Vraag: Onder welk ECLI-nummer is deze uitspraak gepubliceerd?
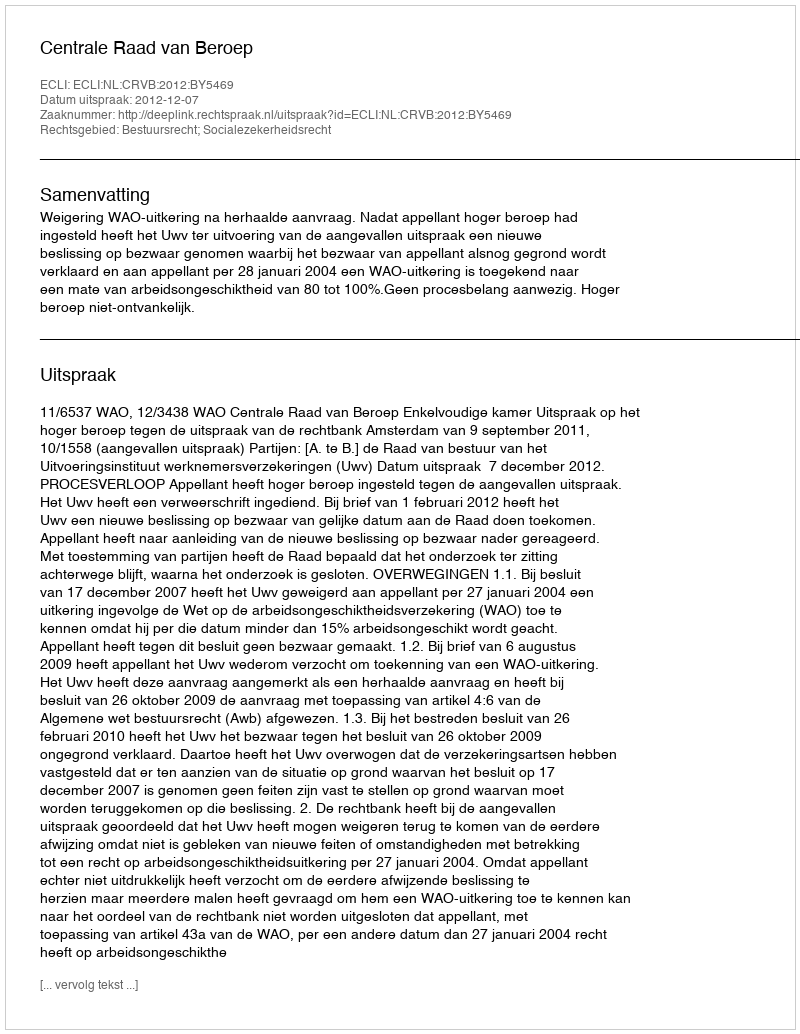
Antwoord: ECLI:NL:CRVB:2012:BY5469